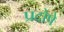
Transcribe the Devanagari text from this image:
प्रदोषे